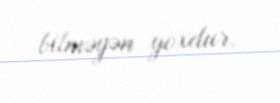
bilməyən yoxdur.